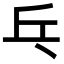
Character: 乓